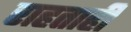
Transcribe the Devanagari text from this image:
राहताही